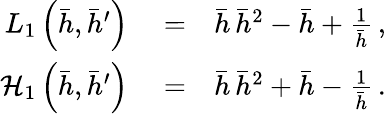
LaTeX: \begin{array}{rlr}{L_{1}\left(\bar{h},\bar{h}^{\prime}\right)}&{{}=}&{\bar{h}\, \bar{h}^{2}-\bar{h}+\frac{1}{\bar{h}}\, ,}\\ {{\cal H}_{1}\left(\bar{h},\bar{h}^{\prime}\right)}&{{}=}&{\bar{h}\, \bar{h}^{2}+\bar{h}-\frac{1}{\bar{h}}\, .}\end{array}